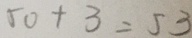
5 0 + 3 = 5 3